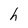
Character: h